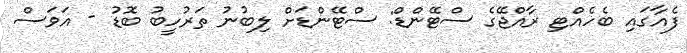
ފެއާގައި ބެހެއްޓި ރާއްޖޭގެ ސްޓޭންޑް: ސްޓޭންޑަށް ލިބުނު ތަރުހީބު ބޮޑު - އަވަސް